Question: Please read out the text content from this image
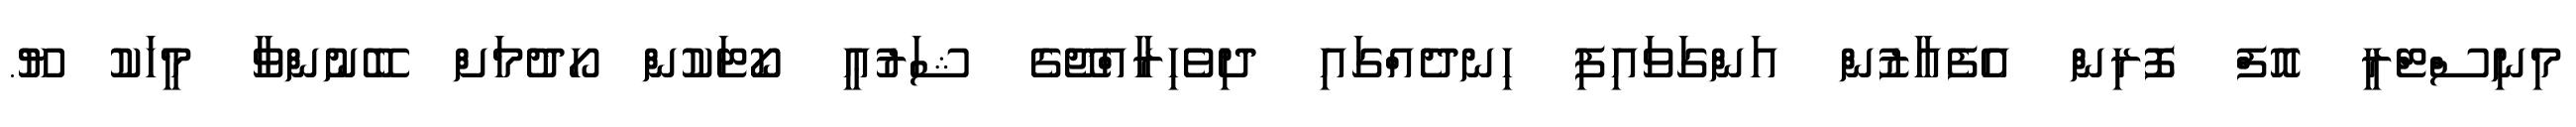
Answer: މިނިސްޓްރީ އޮފް ފޮރިން އެފެއާޒުން އަންގަވައިފި ހިނދެއްގައި ދިވެހިރާއްޖޭގެ ޝަރުޢީ ކޯޓަކުން ހޯދުމަށް ބޭނުންވާ މީހަކު ޔޫ.